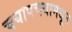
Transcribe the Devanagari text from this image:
चयापचयामधून